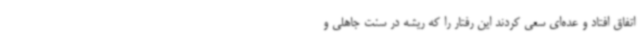
اتفاق افتاد و عده‌ای سعی کردند این رفتار را که ریشه در سنت جاهلی و